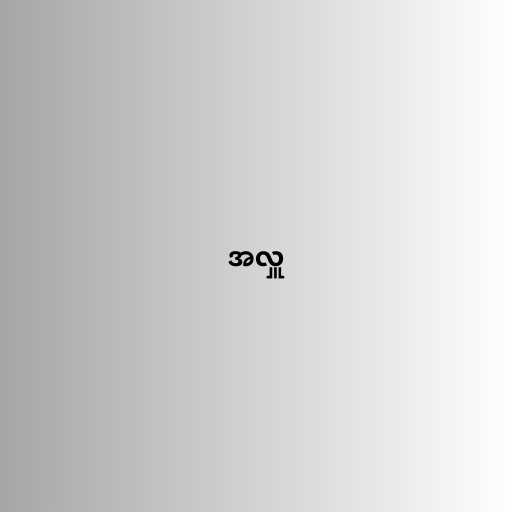
အလှူ